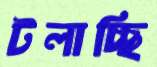
টলাচ্ছি